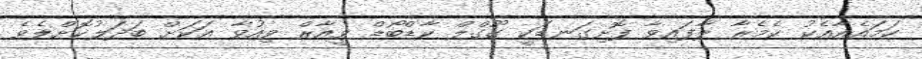
ހަމައެއާއެކު ކެމެރާ ލާފައިވާ ފޮށިގަނޑަކީ ގޫގްލް ކާޑްބޯޑް ވީއާރް ވިއުވާ އަކަށް ބަދަލުކޮށްލެވެ